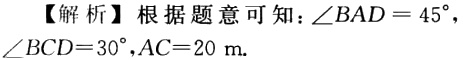
【解析】根据题意可知：\(\angle BAD = 45^{\circ}\)，\(\angle BCD = 30^{\circ}\)，\(AC = 20\ \text{m}\).